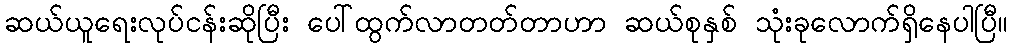
ဆယ်ယူရေးလုပ်ငန်းဆိုပြီး ပေါ်ထွက်လာတတ်တာဟာ ဆယ်စုနှစ် သုံးခုလောက်ရှိနေပါပြီ။